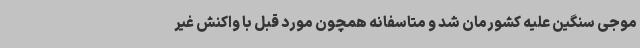
موجی سنگین علیه کشورمان شد و متاسفانه همچون مورد قبل با واکنش غیر